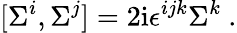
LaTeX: [\Sigma^{i},\Sigma^{j}]=2\mathrm{i}\epsilon^{ijk}\Sigma^{k}\ .